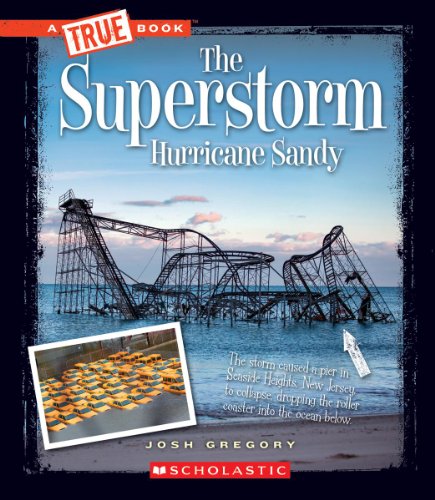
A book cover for The Superstorm Hurricane Sandy (True Books) (True Books: Disasters); Josh Gregory; Science & Math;